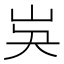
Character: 𡵗